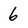
Character: 6